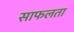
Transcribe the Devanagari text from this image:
साफलता